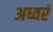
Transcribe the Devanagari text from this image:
अध्वरं